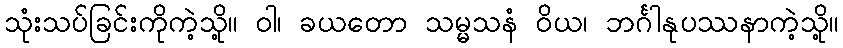
သုံးသပ်ခြင်းကိုကဲ့သို့။ ဝါ၊ ခယတော သမ္မသနံ ဝိယ၊ ဘင်္ဂါနုပဿနာကဲ့သို့။